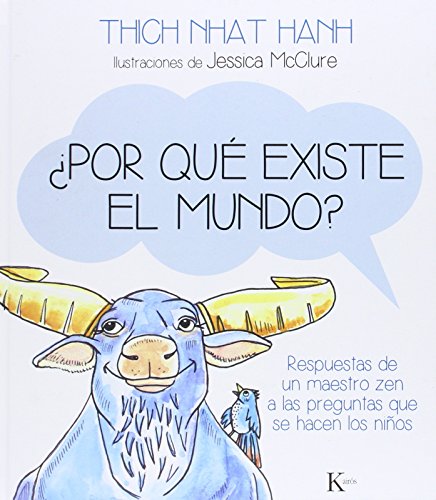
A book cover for Â¿Por quÃ© existe el mundo?: Respuestas de un maestro zen a las preguntas que se hacen los niÃ±os (Spanish Edition); Thich Nhat Hanh; Children's Books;